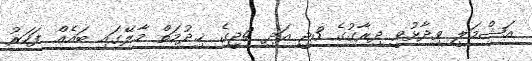
އަޝްމަލީ ވިދާޅުވީ ދިރާގުގެ 3ޖީ އަދި 4ޖީގެ ޚިދުމަތް މާލޭގައި ބައެއް ފަހަރު